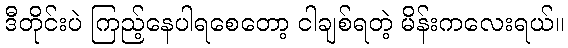
ဒီတိုင်းပဲ ကြည့်နေပါရစေတော့ ငါချစ်ရတဲ့ မိန်းကလေးရယ်။